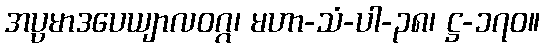
အပ္ပမာဒပေယျာလဝဂ္ဂ၊ မဟာ-သံ-ပါ-၃၈၊ ဋ္ဌ-၁၇၀။